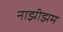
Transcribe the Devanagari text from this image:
नाझीझम